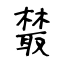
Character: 樷